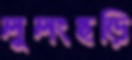
লুলংছড়ি